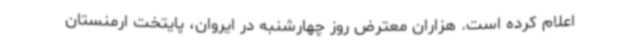
اعلام کرده است. هزاران معترض روز چهارشنبه در ایروان، پایتخت ارمنستان